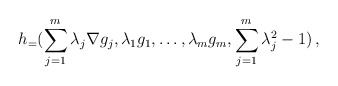
\begin{align*}h_=(\sum_{j=1}^m \lambda_j \nabla g_j, \lambda_1 g_1,\dots,\lambda_m g_m,\sum_{j=1}^m\lambda_j^2-1)\,,\end{align*}